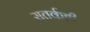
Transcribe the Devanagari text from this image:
सतर्कही